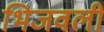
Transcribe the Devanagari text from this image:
भिजवली